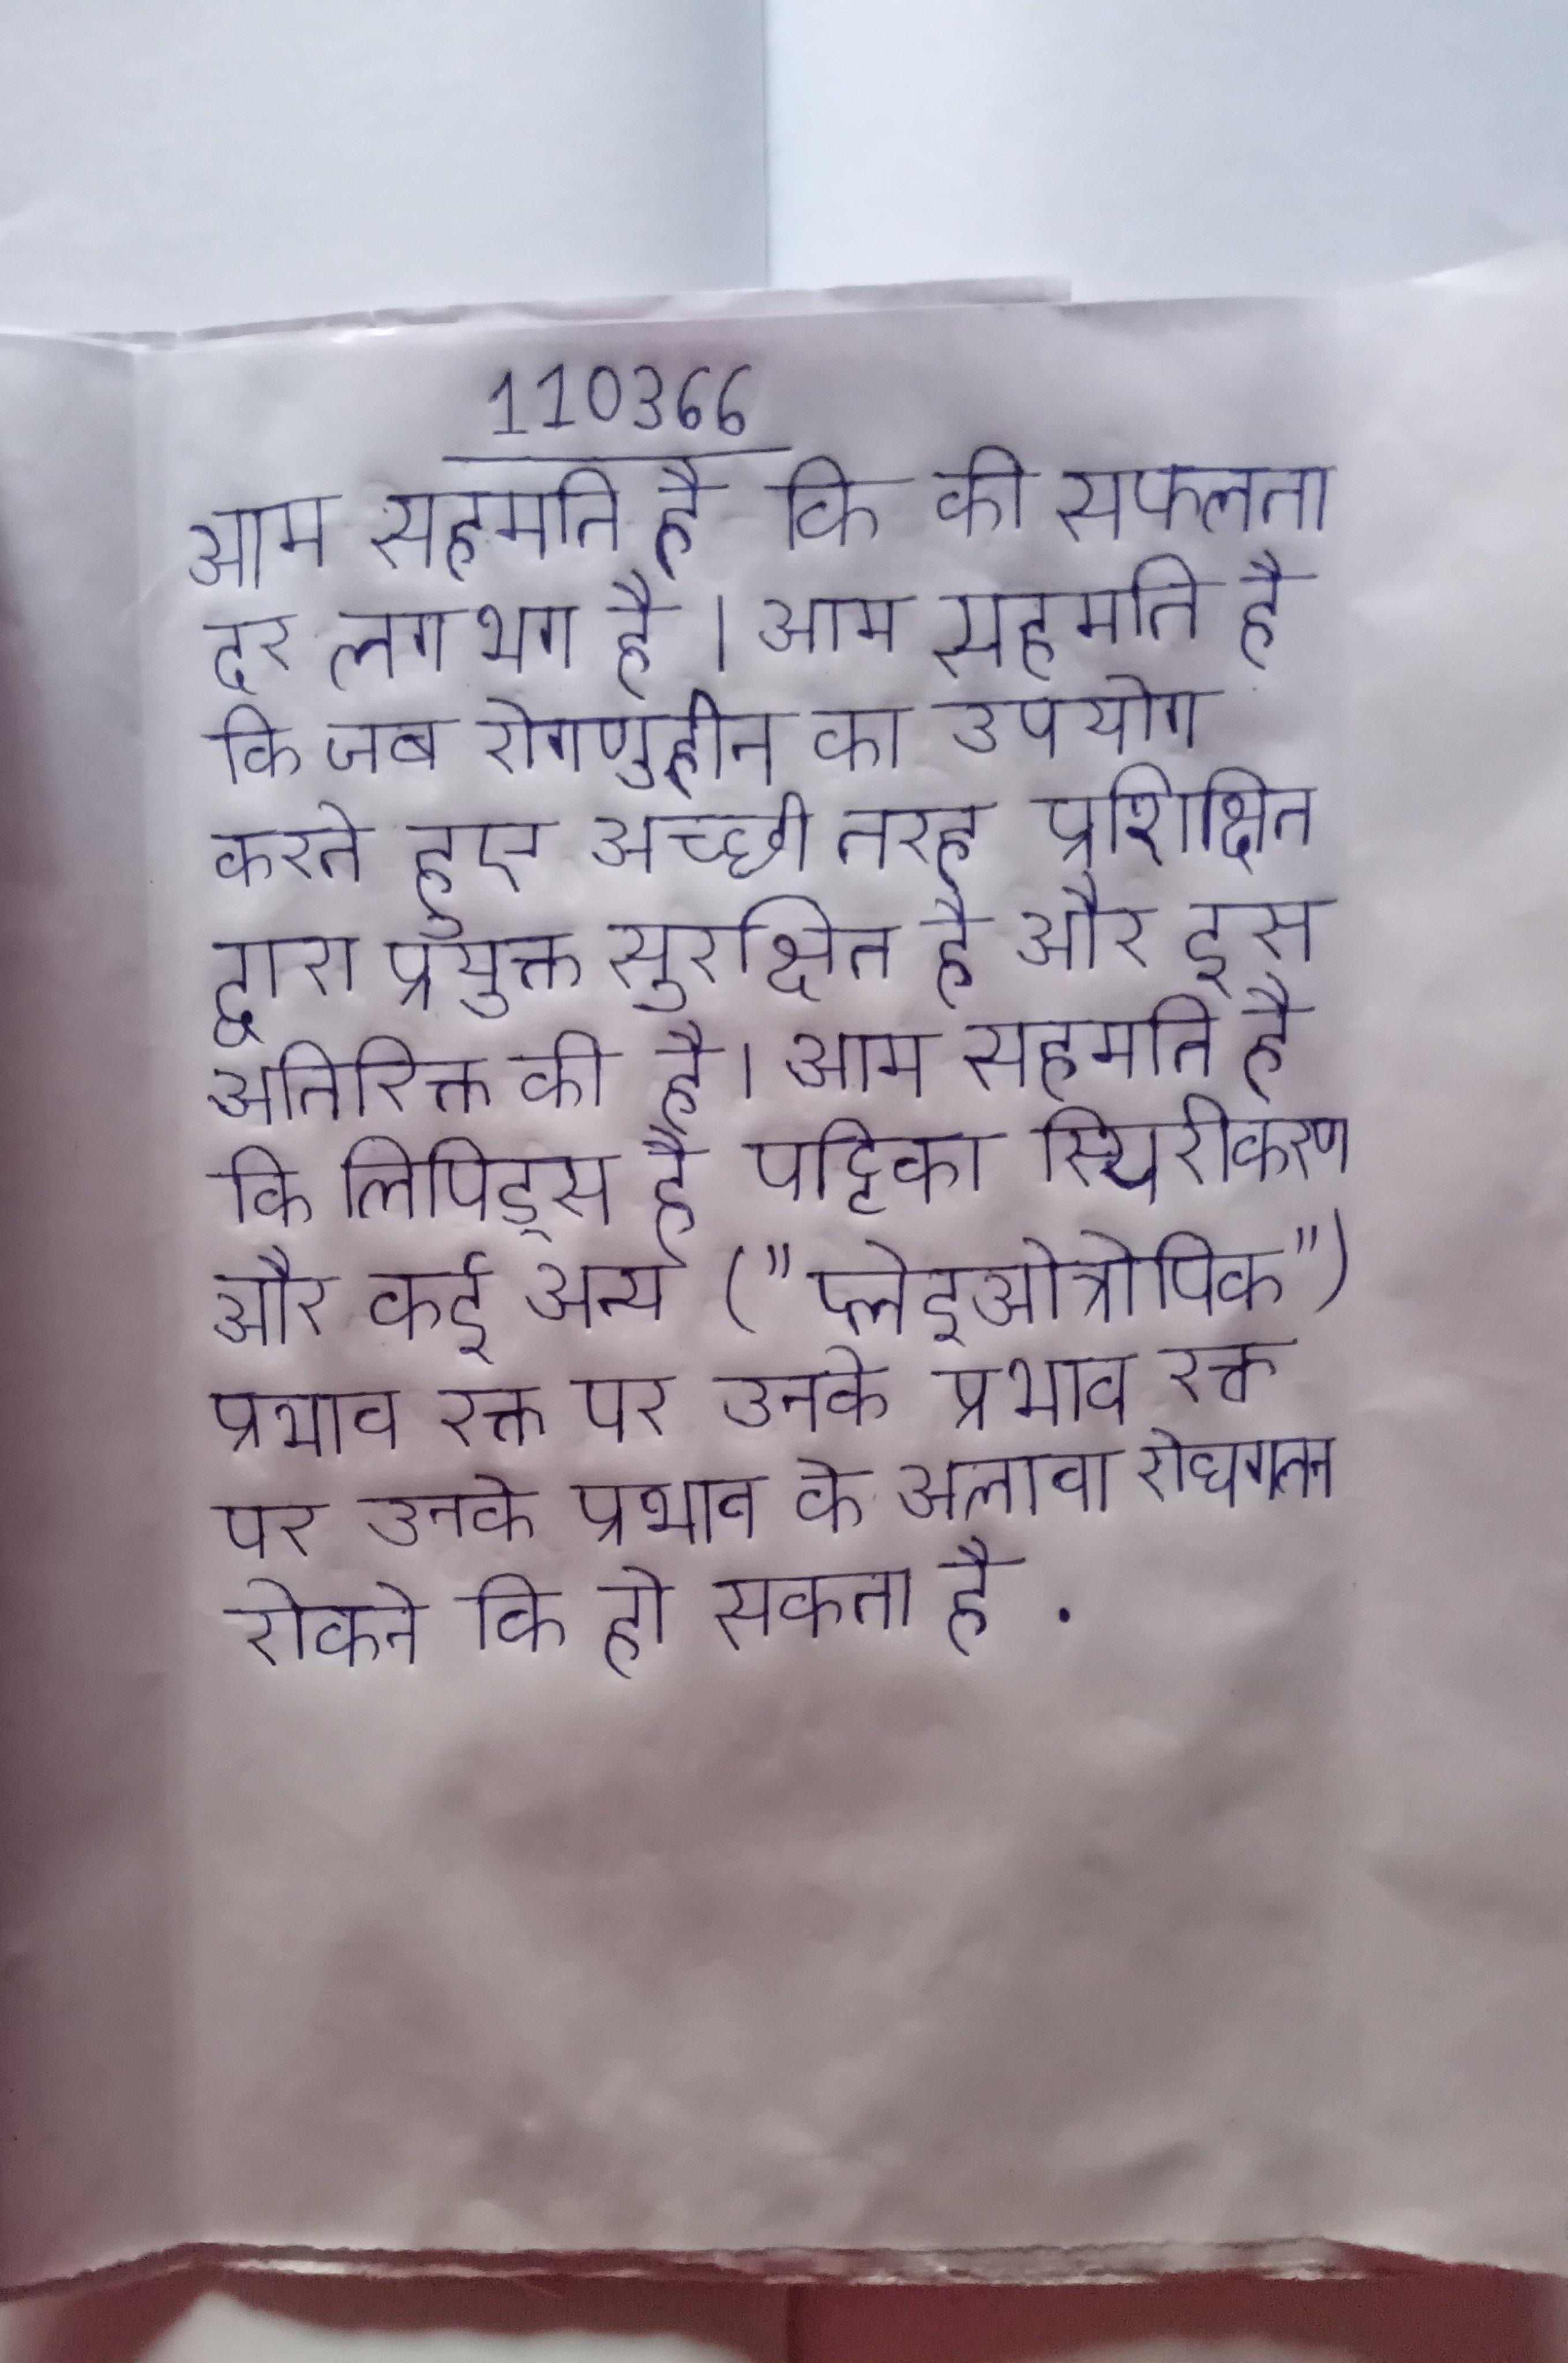
आम सहमति है कि की सफलता दर लगभग है । आम सहमति है कि जब रोगाणुहीन का उपयोग करते हुए अच्छी तरह प्रशिक्षित द्वारा प्रयुक्त सुरक्षित है और इस अतिरिक्त की है । आम सहमति है कि लिपिड्स है पट्टिका स्थिरीकरण और कई अन्य ("प्लेइओत्रोपिक") प्रभाव रक्त पर उनके प्रभाव के अलावा रोधगलन रोकने कि हो सकता है .